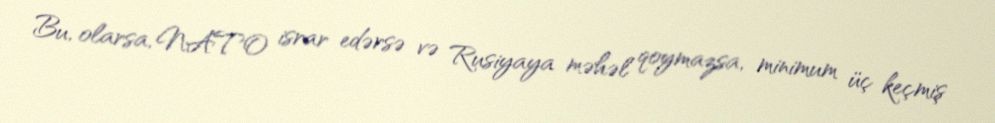
Bu, olarsa, NATO israr edərsə və Rusiyaya məhəl qoymazsa, minimum üç keçmiş